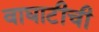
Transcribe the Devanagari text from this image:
वाघाटीची